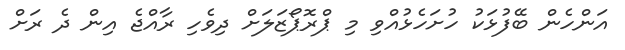
އަންހެން ބޭފުޅަކު ހުށަހެޅުއްވި މި ޕްރޮޕޯޒަލަށް ދިވެހި ރާއްޖެ އިން ދެ ރަށް